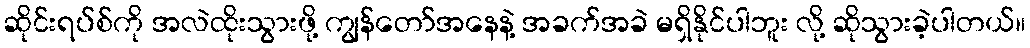
ဆိုင်းရပ်စ်ကို အလဲထိုးသွားဖို့ ကျွန်တော်အနေနဲ့ အခက်အခဲ မရှိနိုင်ပါဘူး လို့ ဆိုသွားခဲ့ပါတယ်။